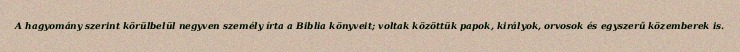
A hagyomány szerint körülbelül negyven személy írta a Biblia könyveit; voltak közöttük papok, királyok, orvosok és egyszerű közemberek is.